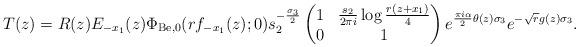
LaTeX: \begin{align*}T(z) = R(z)E_{-x_{1}}(z)\Phi_{\mathrm{Be},0}(rf_{-x_{1}}(z);0)s_{2}^{-\frac{\sigma_{3}}{2}}\begin{pmatrix}1 & \frac{s_{2}}{2\pi i}\log \frac{r(z+x_{1})}{4} \\ 0 & 1\end{pmatrix}e^{\frac{\pi i \alpha}{2}\theta(z)\sigma_{3}}e^{-\sqrt{r}g(z)\sigma_{3}}.\end{align*}